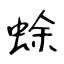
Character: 蜍